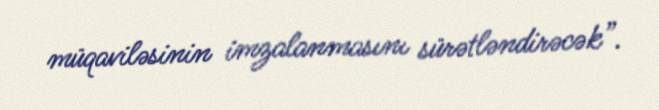
müqaviləsinin imzalanmasını sürətləndirəcək”.